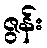
ဇွန်း